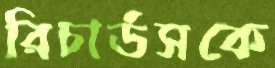
রিচার্ডসকে